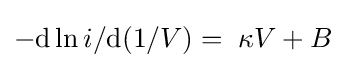
-\mathrm {d} \ln i/\mathrm {d} (1/V)=\;\kappa V+B